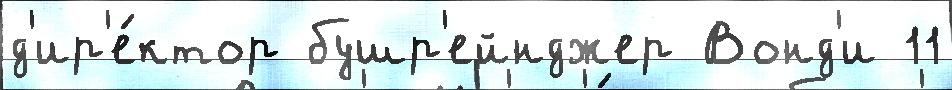
д'ир'е́ктор бушр'ейнджер Вонд'и 11